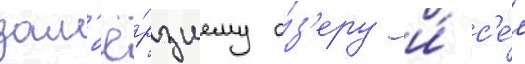
зам'ё́рзшему о́з'еру и́ с'е́л